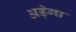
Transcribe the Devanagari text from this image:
अड़ेगा